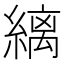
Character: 縭